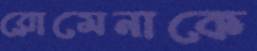
রোমেনাকে